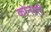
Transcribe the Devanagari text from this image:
कोनारी